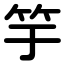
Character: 竽